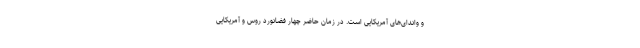
و واندای‌های آمریکایی است. در زمان حاضر چهار فضانورد روس و آمریکایی